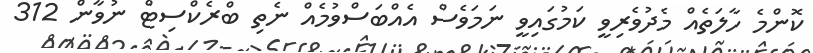
ކޮންމެ ހާލަތެއް މެދުވެރިވީ ކަމުގައިވީ ނަމަވެސް އެއްބަސްވުމެއް ނެތި ބްރެކްސިޓް ނުވާން 312